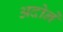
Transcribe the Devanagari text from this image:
अदोने